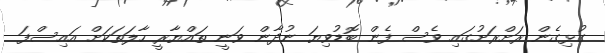
ގުޅިގެން ރަށްރަށުގައި ވެސް ފެން ބޮޑުވިޔަ ނުދާން ވަނީ ތައްޔާރީ ހާލަތަކަށް އައިސްފަ